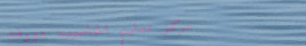
مركز تعليم الحاسوب: دورات